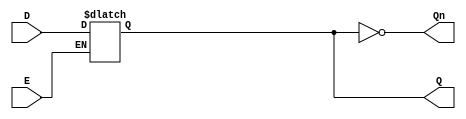
module LatchRegister (
    input wire D,      // Data input
    input wire E,      // Enable signal
    output reg Q,      // Output Q
    output wire Qn     // Complement of Q
);

// Assigning the complement of Q
assign Qn = ~Q;

// Always block to model the latch behavior
always @(*) begin
    if (E) begin
        Q = D;  // Capture data input when enable is high
    end
    // When E is low, Q retains its previous value (no need to assign)
end

endmodule